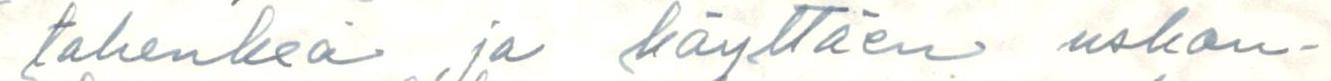
tahenkeä ja käyttäen uskon-